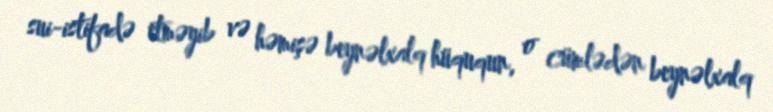
sui-istifadə etməyib və həmişə beynəlxalq hüququn, o cümlədən beynəlxalq